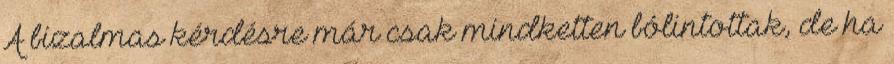
A bizalmas kérdésre már csak mindketten bólintottak, de ha